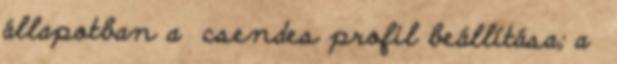
állapotban a csendes profil beállítása; a